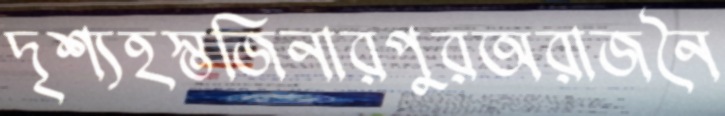
দৃশ্যহস্তজিনারপুরঅরাজনৈ